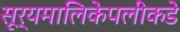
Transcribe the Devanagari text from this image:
सूर्यमालिकेपलीकडे